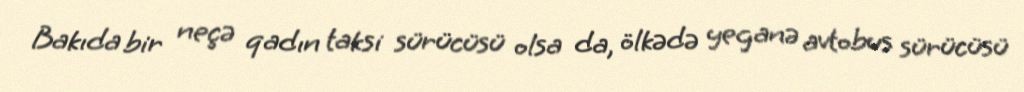
Bakıda bir neçə qadın taksi sürücüsü olsa da, ölkədə yeganə avtobus sürücüsü